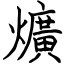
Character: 爌